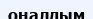
оңалдым